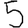
Digit: 5